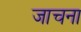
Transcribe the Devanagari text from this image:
जाचना